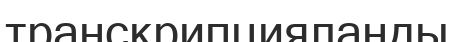
транскрипцияланды